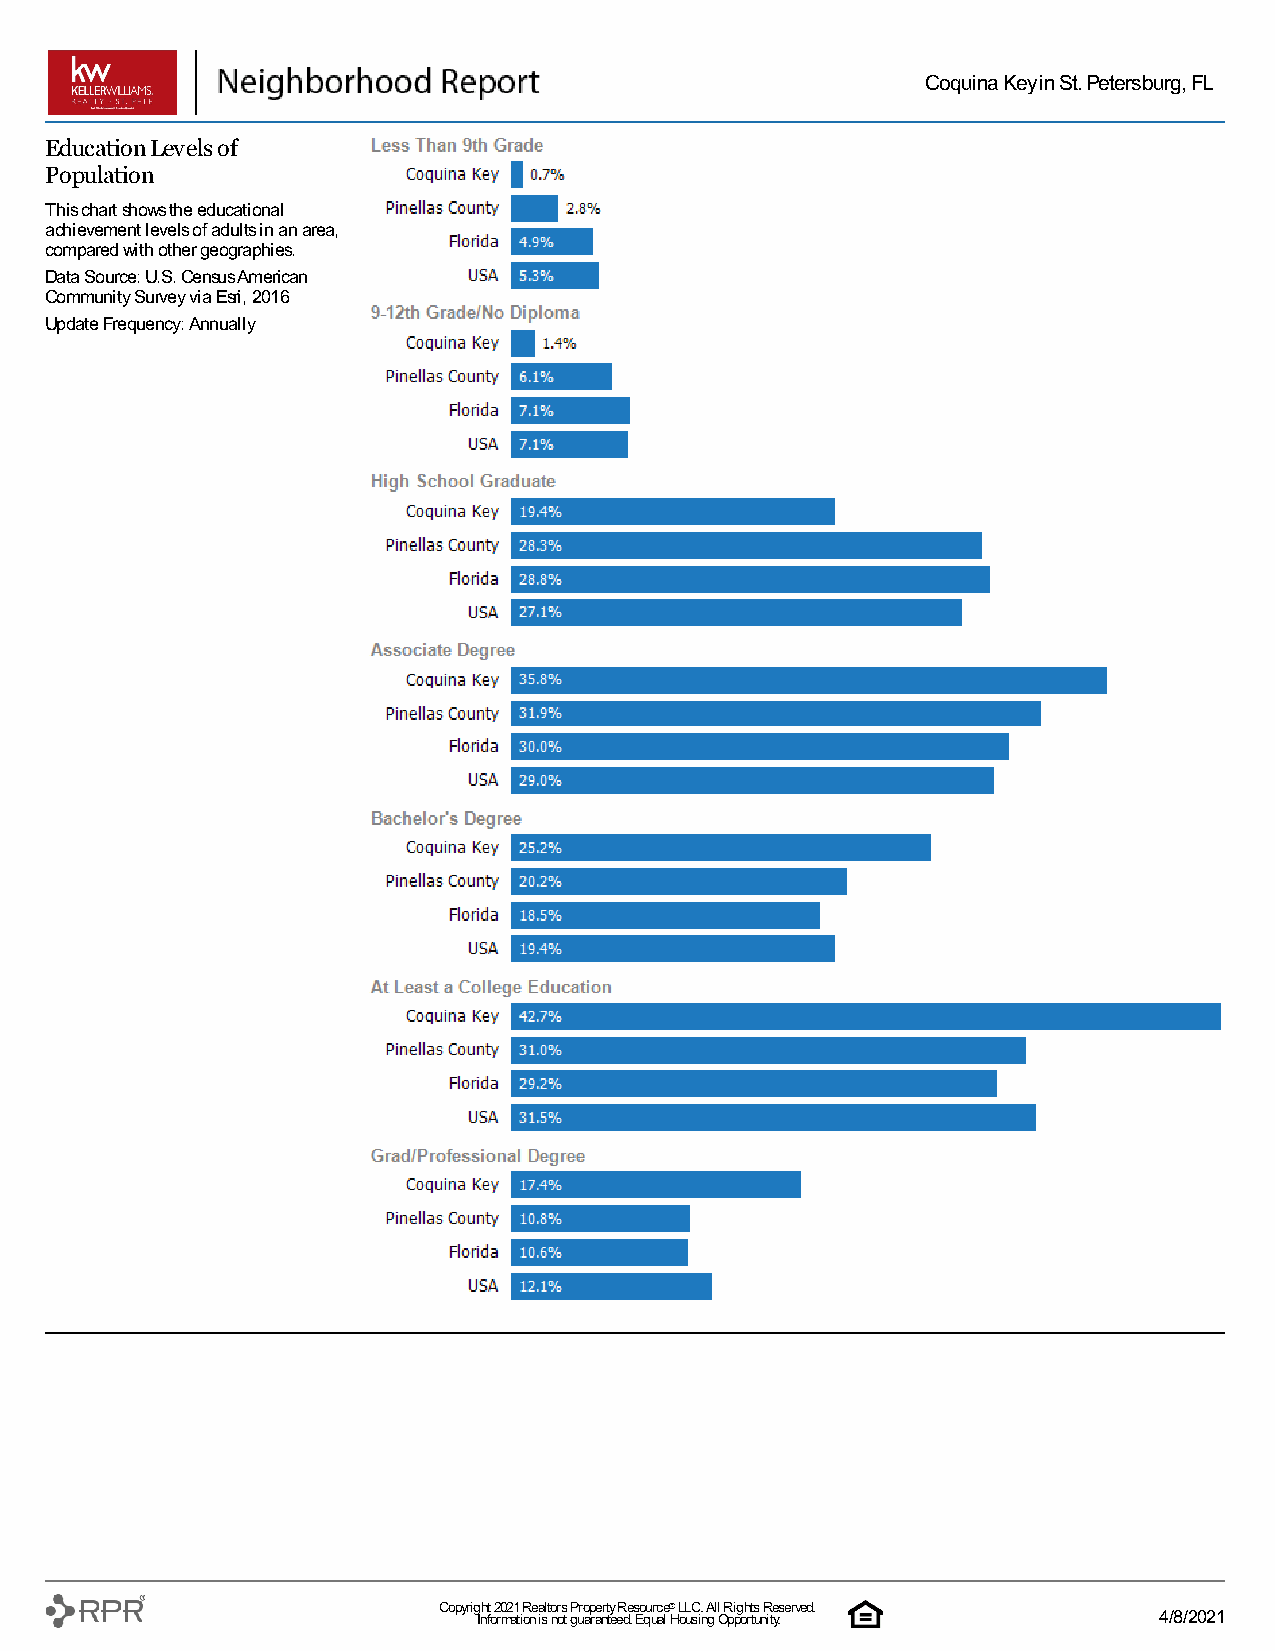
Coquina Key in St. Petersburg, FL
 Education Levels of
 Population
 This chart shows the educational
 achievement levels of adults in an area,
 compared with other geographies.
 Data Source: U.S. Census American
 Community Survey via Esri, 2016
 Update Frequency: Annually
 Copyrig Inh ft o 2 r0 m2 a1 t iR one a islt o nr os t gP uro ap rae nrt ty e eR de . s Eo qu urc ae l ® H L oL uC si. n A gl l O R pi pg oh rt ts u nR ite y.served. 4/8/2021